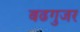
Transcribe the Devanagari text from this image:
बढगुजर